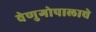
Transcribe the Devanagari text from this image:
वेणुगोपालाचे